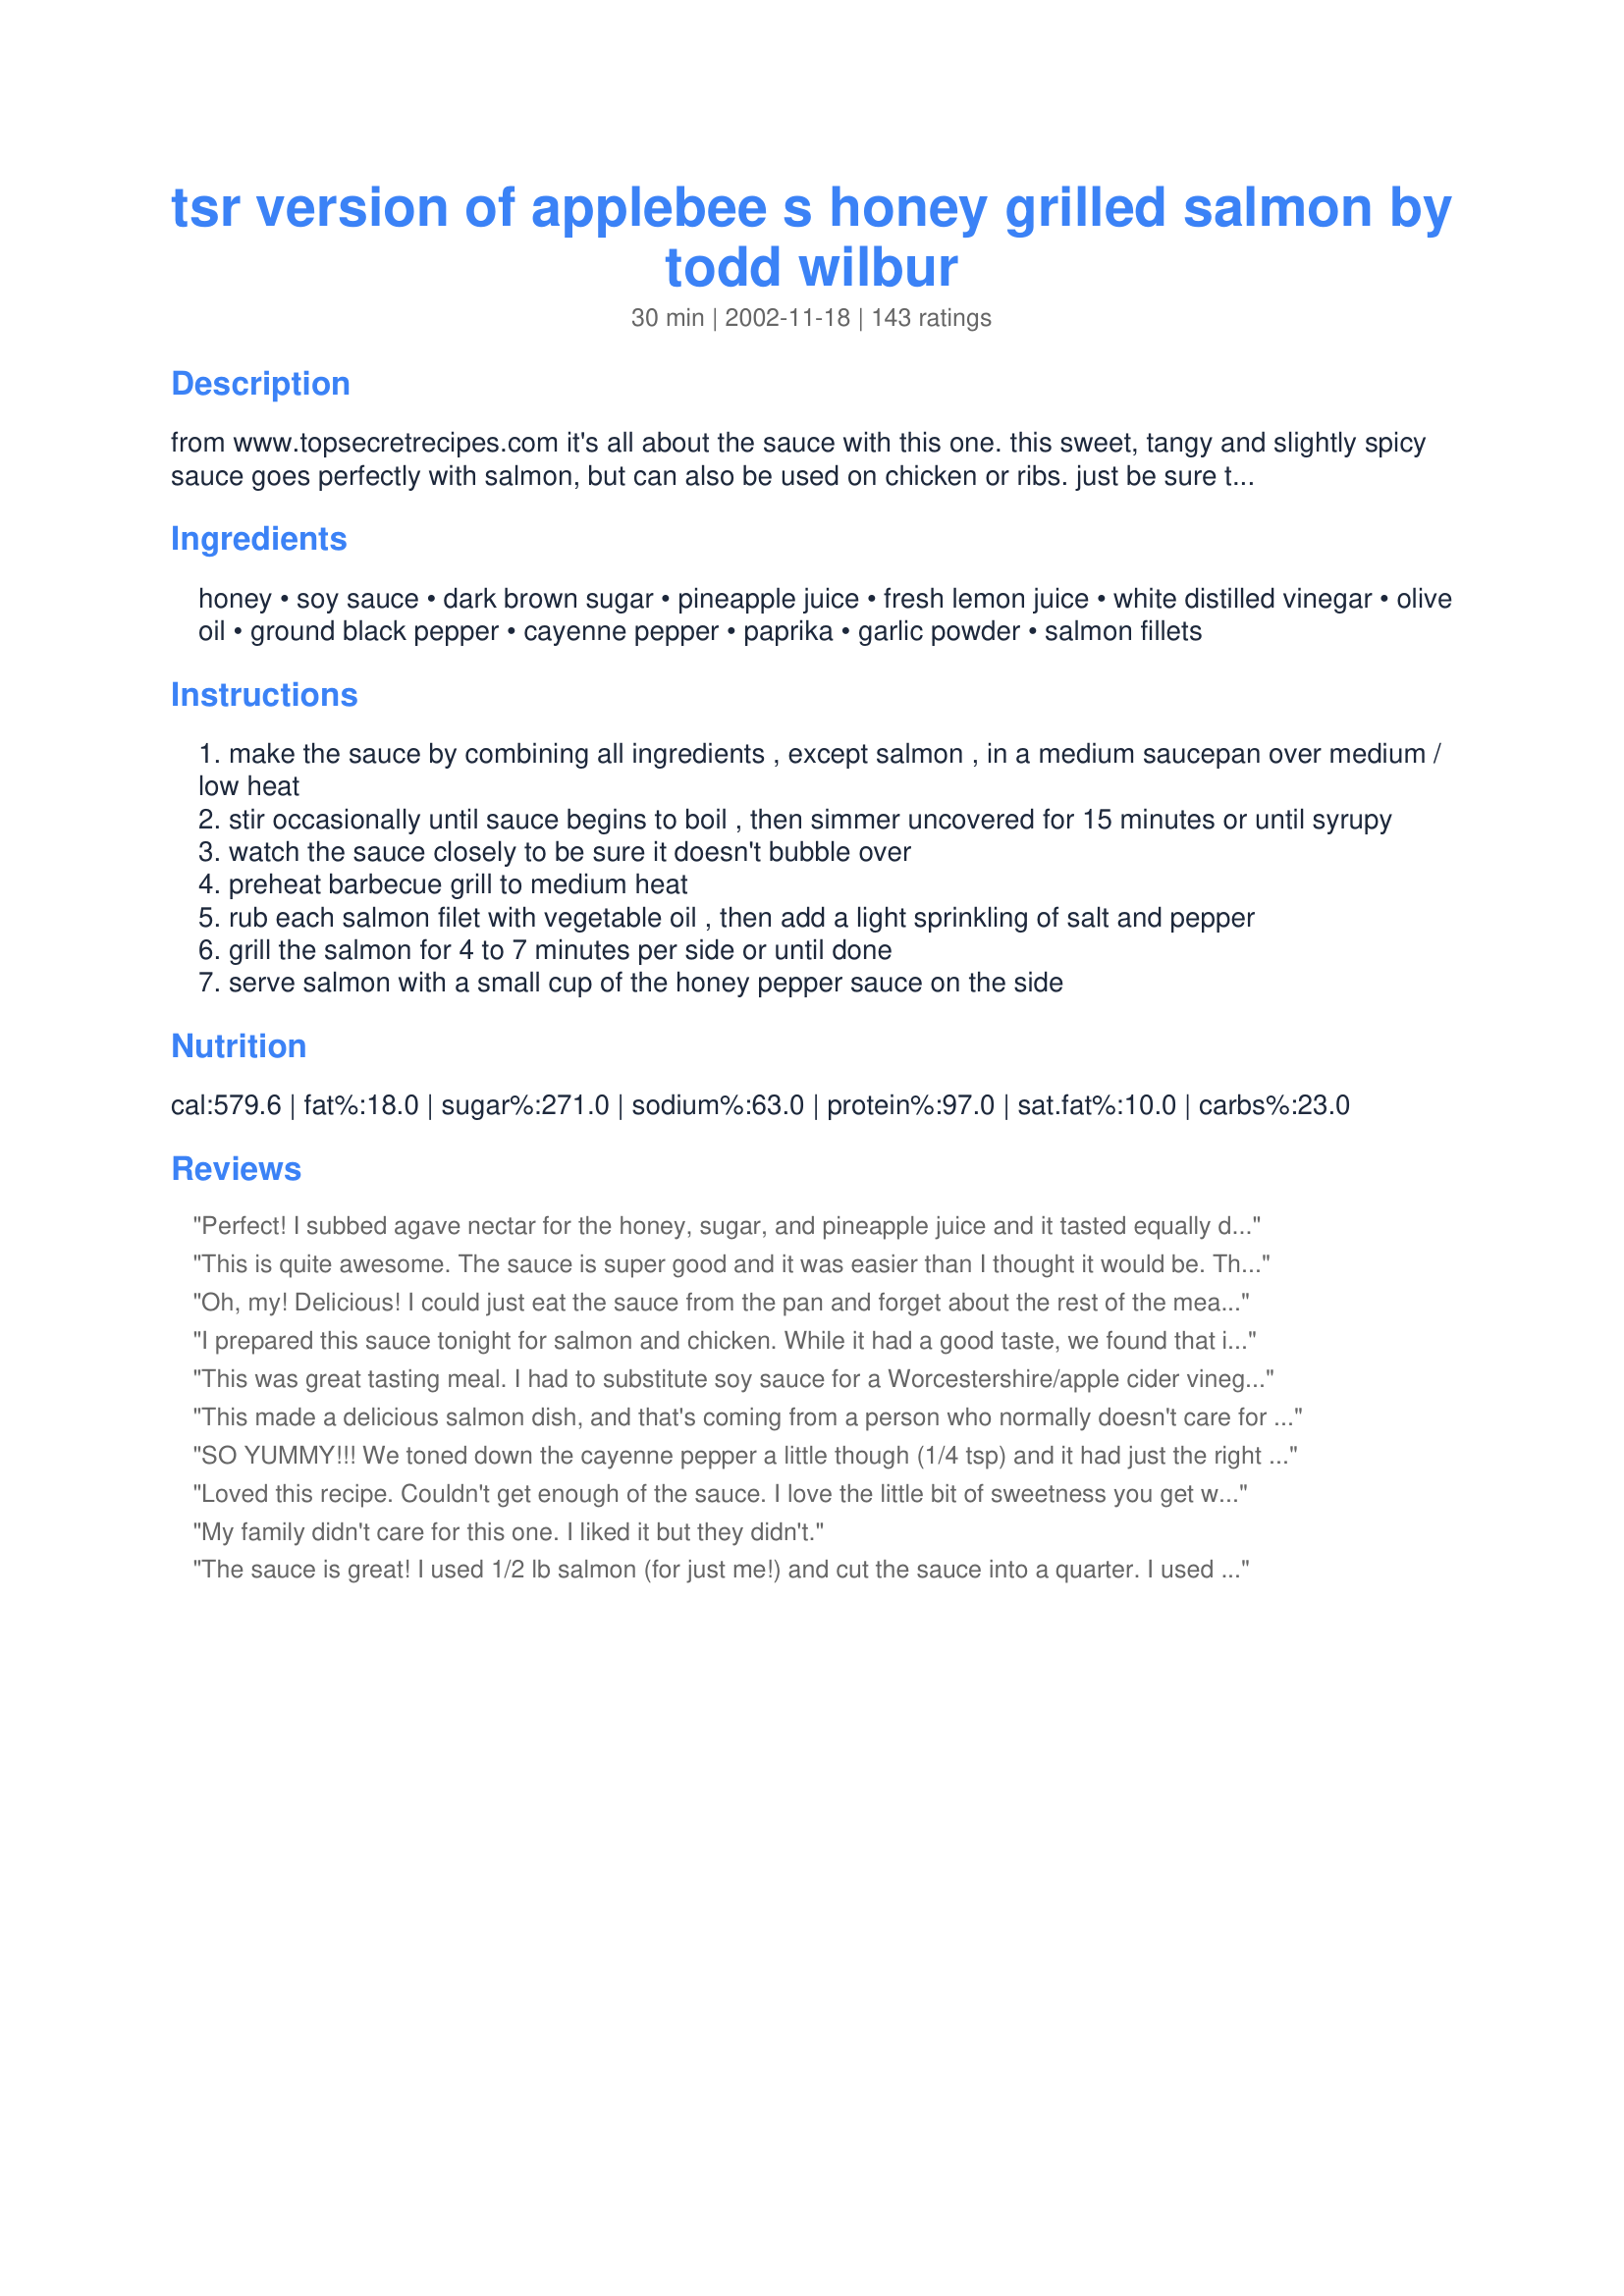
tsr version of applebee s honey grilled salmon by todd wilbur
Preparation time: 30 minutes

from www.topsecretrecipes.com it's all about the sauce with this one. this sweet, tangy and slightly spicy sauce goes perfectly with salmon, but can also be used on chicken or ribs. just be sure to watch the sauce closely as it cooks in case it starts to bubble over. it's gonna get thicker as it cools, so be sure not to overcook it. if it becomes too thick, just add a bit of water to thin it out.

Ingredients:
honey, soy sauce, dark brown sugar, pineapple juice, fresh lemon juice, white distilled vinegar, olive oil, ground black pepper, cayenne pepper, paprika, garlic powder, salmon fillets

Steps:
make the sauce by combining all ingredients , except salmon , in a medium saucepan over medium / low heat
stir occasionally until sauce begins to boil , then simmer uncovered for 15 minutes or until syrupy
watch the sauce closely to be sure it doesn't bubble over
preheat barbecue grill to medium heat
rub each salmon filet with vegetable oil , then add a light sprinkling of salt and pepper
grill the salmon for 4 to 7 minutes per side or until done
serve salmon with a small cup of the honey pepper sauce on the side

Reviews:
Perfect! I subbed agave nectar for the honey, sugar, and pineapple juice and it tasted equally delicious. Pair it up with some rice and veggies. Wow this was one of my best tasting meals I've ever made! Thanks!
This is quite awesome. The sauce is super good and it was easier than I thought it would be. The only (very minor) complaint I have is that it is kind of expensive but in the end totally worth it. You have to try this one! Thanks DonnaR....
Oh, my! Delicious! I could just eat the sauce from the pan and forget about the rest of the meal! One thing that I have done is to make sure that you do not many conflicting flavors to take away from the awesomeness of the sauce...rice is good; green beans, etc. I would save other spicy flavors for another time...this deserves a #1 spot in flavors for many things, but salmon is the best!
I prepared this sauce tonight for salmon and chicken. While it had a good taste, we found that it was just a bit too sweet for us. I may use the leftover for a marinade only.
This was great tasting meal. I had to substitute soy sauce for a Worcestershire/apple cider vinegar/salt/soybean oil blend because I didnt have soy and I cut back on half the Cayenne so the kids could enjoy but otherwise followed the recipe. Turned out great!
This made a delicious salmon dish, and that's coming from a person who normally doesn't care for salmon. Sweet and spicy, the sauce was the perfect complement - in fact I liked it so much I used it on the wild rice I served with the salmon as well. Thanks for giving me a reason to eat more of this healthy fish :)
SO YUMMY!!! We toned down the cayenne pepper a little though (1/4 tsp) and it had just the right amount of kick.
Loved this recipe. Couldn't get enough of the sauce. I love the little bit of sweetness you get with the spiciness. Will be trying this with Snapper, Mahi, or one of my other favorite fish. Thank you.
My family didn't care for this one. I liked it but they didn't.
The sauce is great! I used 1/2 lb salmon (for just me!) and cut the sauce into a quarter. I used OJ instead of pineapple juice, Splenda brown sugar & low sodium soy sauce. I also used a little less vinegar. The sauce simmered well, and I baked this at 375 for 20 min. After coating the sauce on both sides, I poured the rest of the sauce over it. As it baked, I spooned up the sauce from around the salmon to keep the flavor going. This wasn't terribly spicy but there was a slight "kick" which is what I was hoping for!
This is my new favorite way to have salmon. I didn't grill it, I baked it in the oven along side breaded chicken cutlets for the kids. I drizzled the sauce over the salmon a few times during cooking. The kids used the sauce to dip their chicken in. Very good! (never had Applebee's salmon either)
Very good!!! I've never had Applebee's but I was looking for a good salmon recipe and this fit the bill... I cut out the vinegar because I was out and I really don't care for vinegar anyway and didn't notice any problem with the recipe. My husband has fallen in love with me all over again for cooking this for him, so I'll be making it very often!
I can't believe I didn't rate this a long time ago! Love it!!! If you enjoy salmon you must try this!
This dish is beyond yummy! It's delicious!
my son and i loved this salmon! i can't wait to make it again. i left out the olive oil and it didn't seem to make a difference. i also halved the recipe to make 16 oz. salmon. thanks.
A snap to put together and this recipe seems to be very forgiving, I ended up subbing Apple juice for the Pineapple juice and it still came out perfectly. We will be making this one again.
Excellent! The flavor is the best. We ended up baking the salmon in the oven, ( DH forgot to check the gas on our gas grill, it was gone!) Oven baked for about 20- 25 minutes at 350 degrees. Then we broiled for about 2 minutes, delicious!
This recipe was created by Todd Wilbur for his book entitled "Top Secret Restaurant Recipes 2" (Penguin/Putnam 2007)
This was very very good, the sauce is amazing, couldn't stop thinking of what other dishes to use with the sauce.Kids loved it.
YUMMY! My son and I poured this over our grilled salmon last night and I swear we both about licked the plate it was so good. I am going to try this with chicken next. I would give this more stars if I could.
I really don't like salmon that much usually because of how fishy a flavor it has, but this sauce was like a holy grail of flavor! I will definitely be adding this to my permanent pile of recipes. I got heavy compliments on it, but I was too busy eating it to notice!
This recipe is sooooo good and easy that my kids were begging me to make this again. Only thing is, my leftover sauce from last Friday did not taste as good today ( 4 days later ), so I would not suggest keeping it for use at a later date. Other than that, absolutely delicious recipe. Thank you so much for sharing.
really really good.
No doubt...this is the best sauce I have ever made at home. We are already planning other things to use it with. I made the sauce exactly as written then baked my salmon fillets in the sauce finishing them off with a bit of broiling. We served small bowls of the sauce with the salmon. I can't wait to try this with chicken and pork.
I made this for dinner for guests last night and it was great! I had to cook a little longer than stated for it to thicken up to a syrup consistency. I then put in the refrigerator for a while before dinner and it got even thicker. Before serving, I reheated it in the microwave and it got thin again. So next time, I will just keep at room temperature so I don't have to reheat. The flavor was great though for salmon. I used less pepper and only a pinch of cayenne and it was just right for our tastes. Will definitely make again. Thanks for posting!
So delicious! Made exactly as directed and served with recipe #75113. Will make this over and over! Thanks, DonnaR!!
Awesome sauce. My husband also does not care too much for salmon, but he definitely told me this recipe is a keeper. He ate it all up, and wanted more! I agree with others this sauce would be great on other meats as well.
Our new favorite recipe for salmon. Thanks!
This really had great flavor, though the cooking time was too much, I thought. I used apple juice instead of pineapple juice and ended-up having to use more because mine turned basically to caramel; it's fine when it's warmed-up and had really good flavor. We brushed ours over fresh pineapple slices as well as our salmon before broiling them then served the rest over our brown rice. It was a great dinner and I'll make it again!
I love the sauce. I was out of pineapple juice so I had to sub with orange juice. I cooked the sauce and boiled it down then drizzled it over the baked salmon fillets and broiled it for 1 - 2 minutes, just until it browns. This was flavouful enough without having to serve the sauce on the side. I will try this sauce on ribs the next time. Thanks for posting.
Awesome Flavor!!! The flavor is in the sauce. This is so EASY and DELICIOUS and FAST. My daughter who won't touch salmon went back for seconds after tasting it with the sauce (would not share any with her father either). This one is a keeper. Thanks so much.

UPDATE: I had a lot of the sauce leftover and I cooked a ham and basted it with the sauce the last 30 minutes and it was awesome.!!!
This sauce was amazing. I don&#039;t usually follow a recipe exactly but was going to with this one - until I found that I had no lemons - no limes - no citrus. I used rice wine vinegar instead so the flavor probably wasn&#039;t as bright. The amount was in proportion to my 4 slices of salmon and had no leftovers. The heat hit the back of my throat after a swallow so it wasn&#039;t instantly spicy on my tongue. It was soo good. However, even with cooking it longer at a gentle boil did not make it thicker. It coated a spoon but was a little runny. I&#039;ll correct next time. And there will ba a next time!
YUM!!!!! I placed this in a glass baking dish and basted both sides with the sauce. I cooked it at 375 for about 15 minutes and then broiled it for 3-4 at the end...basting one more time jst before broiling. I then reduced the sauce till it was quite thick (I did use fresh pinapple juice as well) we drizzled it over the top. Delish!
I don't know what to add to this other than it is wonderful! Thank you for posting it. I did cut back the cayenne to 1/4 t. as my husband doesn't like too spicy food and it was just right. Try this one, you won't be sorry.
Very tasty! I don't crave salmon without this sauce, but this tastes so good that it makes me feel good to eat something so healthy.
I've never had Applebee's honey grilled salmon, but I can tell you this is the best salmon I've ever had. I made the sauce in a skillet, and when it had reduced I simply placed my salmon fillets in the covered skillet and cooked them for 15 minutes. The salmon really soaked up the sauce. As the recipe author points out, you do need to watch that the sauce doesn't boil over. That would make quite a mess! Thank you for sharing this delicious way to prepare salmon!
Always been a great hit with the family! Excellent recipe!
I never liked Salmon until I tried this at Applebee's. I made the honey pepper sauce with low sodium soy sauce and it was even better than Applebee's. Thank you for this yummy recipe.
Very good sauce. I made 1/4 of the recipe for 2 fillets and it was enough for the steaks but not enough for my husband. He was almost licking his plate. Also, like some reviewers, i drizzled it onto the fish and broiled and kept basting the fish with the sauce. Sweet and tangy at the same time. THanks for sharing.
I've had this recipe for 4 years from TSR, and just finally got around to making it! The sauce is very unique and flavourful. The only change I made was to use rice vinegar. Served it with Applebee's Almond Rice Pilaf. Thanks for posting Donna.
Excellent! We absolutely loved this! The flavor of the sauce perfectly complements the salmon. So very easy to prepare on the grill. The spices were just right for our taste. I followed the recipe exactly for superb results : ) Thank you kindly, DonnaR for posting this to share! I will hold this one close to be sure to prepare again.......soon!
We loved this recipe!! I followed the recipe exactly and it turned out great. I will definitely be making this one again!! I used the leftover sauce (very thick, but reheated in the microwave) as a dip for fried okra the next evening. The flavor in this sauce will go with just about anything.
Thank you!!
AMAZING! We used skin on salmon fillet and just broiled it for 5-8 minutes. Really wonderful sauce.
A cinch to prepare. I did not eat this, but my son who LOVES salmon wolfed it down and said it tasted like a dish you&#039;d find in a 5 star restaurant. Served w/ couscous and braised spinach. I did not have pineapple so I subbed fresh juiced orange in place of. &lt;br/&gt;Might add a touch of ginger next time. One more thing--I baked this in a 400 overn for approx 10-15 minutes (without turning). I just made the sauce as directed and poured over salmon in a baking dish.
I have used this and it works great. Don't mess with those other bombs and baits. They take this back to their nests and they all die. They sell it at some dollar stores as well.
Thanks.
The sauce was terrific. I didn't have any pineapple juice but I don't think it needed it. It was a little bit too hot for me so next time I'll just use a dash of cayenne pepper. Over all it was a great sauce. Made for Chef Alphabet Soup.
I'm not an Applebee's fan and have never had this. And I'm not a lover of salmon. But I can not wait to have this again! DH and I almost licked our plates. I had a little bit of sauce leftover and we put that on grilled catfish the next night. While it was no where near as good as on the salmon, it still made DH happy. I would serve this to company if I thought I could share it. Thanks for a great recipe.
My husband is not fond of salmon but after eating it with this sauce he told me I could make it again...so that's saying something! I love the sauce and have used it on chicken as well. Just fantastic!! Thank you for posting this.
I loved this when I went to Applebees, so this was a must try for me. I grilled 1" salmon steaks for 4 minutes per side and it was perfect timing. The flavors are exquisite, and I will be making again soon next week for company coming in. We enjoyed this recipe so much, it's going to be one I make often. My DS and his wife said to give this 10 stars, so there ya go. Thanks Donna! Milt
The sauce was absolutely delicious and easy to make.
Delicious! In my area this is no longer served at Applebees, but this recipe taste exactly like I remember it there.
I tried this and it turned out fantastic. I've made it about half a dozen times or so now. The first time I make it I tasted the sauce by itself and was a bit worried because it was an odd taste to me, but it's a great compliment to the salmon.
very Good ! DH inhaled it and went back for seconds.Thanks for posting
I fried salmon portions with a diffuser on the hob (the cooker top) for ~10mins total on low heat; after searing the skin-on side, I put a lid on for them to steam. I find skin is better for frying &amp; it is easily left behind even by small children. Served with the Applebee Mash too. Regarding salt &amp; sugar content, I only ever use salt if something has to kept longer EG bread or cake, nor do I add sugar to stewing fruit. I cannot understand why LDS Chef Aslie chose to put less sauce on her meal because of the salt/sugar content – wouldn’t the most logical thing have been to just add less sugar/salt or none??!
I caught a glimpse of DH worshiping at the alter of his bbq pit. I had to tell him to stop. He was embarrassing me. Made for All You Can Cook--Special Event Tag.
Delish! I use Chef Prudhomme salmon seasoning then top with this. Don't fear the cayenne. It's just a great note in the background.
I have a lot of frozen salmon fillets. Can you start cooking them in the frozen state, or should they be thawed first??
This was wonderful. I really enjoyed this simple and tasty salmon dish. I will make again.
I doubled the cayenne and it was very tasty. UPDATED 3/12/10 - I have made this over and over and over. It is just wonderful. I have used the sauce on smoked turkey sausage too and it is just great. I have used orange/pineapple and also apple juice in place of the pineapple juice. All are good, but pineapple is probably best. What a great sauce THANK YOU donna!!
WOW! This is a bit of heaven on earth! Delicious hardly describes it. Our grill was out of gas, so I used the Foreman grill (grilled a 1 lb. salmon steak for 10 mins.) and sprinkled on some extra paprika and cayenne for color...perfection! I didn't even think I was a big fan of salmon, but I am after eating this recipe! Thanks for posting!
Great recipe! Both my husband and 4 year old ate it right up.
Made this Honey Sauce up a few weeks ago - Fixed the salmon - AWESOME ! Had sauce left - kept it in the fridge - used it again - AWESOME ! Had sauce left - used it again last night ! STILL AWESOME ! <br/>Marinated the salmon before grilling - and while on the grill drizzled with additional - plated up the salmon and drizzled even more of the sauce over salmon. <br/>Such an Awesome Dinner ! Thanks for sharing ! Hubby said I had to take a photo :) soI did !
I JUST made this sauce - very tastey! I added a bit more cayenne & that sweet heat is awesome.
I am not a huge salmon fan and was looking for new flavors to add to it instead of the usual dill and such. I had TWO huge salmon steaks at one meal and I am a very light eater. Definitely a keeper recipe! Thank you so much for posting it!
This was fabulous! I followed the directions exactly and it was perfect. I like that you don't add the sauce until after the salmon is grilled. We'll be making this often!
my only change to the recipe was that I didn't grill my salmon outside but just bake it in the sauce in the oven wrapped in aluminum foil. was really good, enjoyed the sweet and the spice of the sauce. am making it again right now
Wonderful recipe. I love the sauce.
LOVED IT! Based on the reviews I halved the recipe for the sauce and guesstimated on the amounts. I am glad we halved the sauce because kids wouldn't eat the sauce and we still had plenty left over. I happened to have a pineapple so I pureed a slice since I didn't have juice on hand. I was out of paprika or Cayenne pepper so I omitted but but a little extra garlic powder. We will make again. I am going to try to freeze left over sauce? not sure if that is a good idea? Thanks I am glad to have this recipe now!
Really delicious. I didn't have any pineapple juice so I used apple juice, and it still turned out delicious. Can't wait to make it for others!
This recipe was really good...the sauce is amazing! I only used it a couple of times on the salmon, but I find it is also an amazing marinade for pork tenderloin. I reserve some of the sauce to drizzle over after...mmmm
This is great! Next time I will cut back on the pepper so it is not too spicy for the kids. Otherwise, perfect.
This was very, very good. I have made the similar copycat recipe from TGIF and I think this one is better! I served this with Oven Baked Risotto, Asparagus in Brown Butter and fresh pineapple (from which I collected the juice -- pefect 1/4 cup). This sauce would be wonderful with grilled chicken or on wings! Yummo!
This was just like the name says..Applebee's all the way..we enjoy Applebee's all the time and now can do it at home..Thanks
I have made this sauce many times, tastes great with salmon. I know it's a keeper because my 3 yr old son liked it and asked for seconds and he is so picky!!! I usually half the recipe and it's plenty for my family, and I cut down on the cayenne. I've never been able to get my sauce to thicken up so I just use some corn starch and it's perfect.
Very good! I baked the salmon - 10 minutes at 450 - and it turned out moist and delicious. I only added the sauce after baking. I hate cleaning up baked on sugary substances! We used a very small amount of the sauce, and it was a little spicy, Next time I might add just a tad less cayenne. My sauce didn't thicken too much, but the dish was a big hit with all!
Oh yum!! I used the sauce on chicken fillets and it was simply amazing!! I marinated the chicken in the uncooked sauce ingredients for a few hours and then basted with the cooked sauce while grilling.. Served with the leftover sauce on the side.. I will be making this often!! Thanks for the recipe DonnaR!
Good sauce. However,I would suggest reducing the cayenne to 1/4tsp if you don't like your food hot because the heat really comes through on this one.
It works better than any other insecticide.
My husband told me to never misplace this recipe! I don't like salmon so had it on Maui Maui, I think he thought it was better on the salmon than I did on my fish, but am going to try it on chicken & pork. I may even get brave & try some salmon next time. I was warned there had better be a next time very soon. Thanks Donna!
We eat a lot of salmon and this sauce was absolutely amazing! It was a little too spicy for my son and my FIL so next time I'll half the cayenne but - wow - what a fantastic sauce, I can't wait to make salmon again just so that we can have this sauce again.
Excellent fish! We have it a lot!
Wonderful! I made this for Easter lunch last year and needless to say we are having it again. Thanks for sharing, it is now a tradition.
Lick the plate good!!!! My non fish eating hubby ate it so thats worth five stars in my book! Thank you.
made this tonight for 3 pounds of salmon. I didn&#039;t let the sauce cook down as much as directed as I was too impatient to wait. Next time I will take more time to do so. very easy to make and the family loved it.
We love this recipe! I've made it several times and forgot to review it. This recipe makes it to our grocery menu at least once a month. The only thing I do differently is use half the cayenne pepper so it's no quite so spicy. Thanks for a great recipe!
huuuuuuuuuuuuuuuuuuuuuuuuuuuuuuuuuuuuuuuuummmmmmmmmmm
AMAZING! This is SO good! Once I let it boil for too long and it took away *a bit* of the fantastic flavor, just like DonnaR said--and it's a little thinner than I expected, which is just fine! Because it is a party for our tastebuds! THANK YOU!
Awesome! I think I'd eat most ANYTHING if it was covered in with this sauce! I baked the salmon, as others suggested, and added the sauce after cooking. Just wonferful flavor! I might try adding sauce before baking next time, and see how that works. Yummy!!
LOVE the sweet and then rush of spice. I marinated the salmon for 2 hours prior (make sure sauce is completely cooled before adding to salmon, otherwise you'll cook it) and it was that more intense off the grill. If you dont like spice, reduce or eliminate cayenne and paprika.
Loved the sauce and had extra even though I made this for two. I did the salmon on the grill and 4 min. was perfect.
This turned out JUST LIKE APPLEBEES!! This sauce made a lot...next time I'm going to cut the recipe in half. OUTSTANDING...now I don't have to eat out to enjoy this wonderful salmon!
This was so simple to do and man was it worth every second!! I made this for my very picky mother and she is still raving about it. i am going to try this on a grilled pork tenderloin as well!!!
I like the sauce, so well-balanced and really enhanced the flavor of the grilled Salmon. This recipe made plenty of sauce. The second time I made this, I brushed the fillets with the sauce instead of using salt and pepper, and it was even better. Thanks for sharing your recipe.
Terrific Recipe! We haven't been to applebee's in a while so we couldn't compare it. Everybody liked it but we still have leftovers. I made half batch of the sauce and still had extra. I used less salmon also. Instead of grilling it, we baked it (375 degrees for 30-35 minutes wrapped in aluminum foil). Thanks for the recipe!
Really good! This sauce is great & would also be fantastic on chicken.
Wonderful sauce! I added more soy to it and used it with a shrimp and vegetable stir fry. Yummy!
let off the cayenne pepper and broiled the fresh salmon. Delicious!
We loved this recipe. Next time I'll omit the vinegar as I think the acidity from the lemon & pineapple juice is enough to balance the sugar & salt from the soy etc.

Served it with a potato dish with a horseradish sauce - NOT a good accompaniment - & lemon beans, which were good with the salmon.

Will definitely make this many times again, toying around with a good potato accompaniment. We eat Asian food several times a week so we want a change from rice.
Great recipe! Thank you DonnaR! I had to scale back on the cayenne but this was lovely!
WOW! This is PHENOMENAL! I LOVE it. It makes a lot, so I'm sure you could cut in half and have extra. Seriously. Make this. You will not regret it! (For the salmon I broiled with a little salt, pepper, & garlic powder for about 13 minutes and it was perfect).
Very yummy sauce! I used it for chicken and modified it...gave it my touch:P! It was delish! Thanks for sharing this...it lit my light bulb:P!
Great recipe! I didn't have any pineapple juice, so I used sherry instead and it turned out wonderful! Thanks!
I loved this. A few changes tho: subbed orange juice for pineapple since that's all I had on hand, but didn't seem to make a difference. I did half the cayenne pepper as per other reviewers so that it wouldn't be too spicy, but I think that I could've handled the entire amount as it wasn't THAT spicy. I baked it at 350, covered in foil for 15 mins and then removed the foil for the last 5 mins and broiled, basting with the sauce. The flavor was infused enough without having to serve the sauce on the side. I used 2 (12 oz) salmon fillets but kept the sauce recipe the same. I plan to use the leftover sauce for baking chicken later on this week. Yum thanks!!!
Very Very good!! Made exactly as written and I did as others have mentioned, baked the salmon in the oven then glazed. It was perfect! Served with baked potato and steam veggies for a wonderful Sunday supper. Thanks for posting!
this is Great!!!!! we love it at our house. my fiance is a very picky eater but he loves this!! you have to try it!!! it was easy to make and tastes great!
I used this as a marinade/glaze for cornish hens and it was wonderful. I prepared the sauce as directed, then put it in a gallon ziploc with my split hens and let them marinate for about 30 min before tossing it all into a roasting pan with a rack on the bottom. I basted the hens about every 10 min with the sauce and then let them cook undisturbed for the last 15 min. I also threw in some baby carrots around the hens as they cooked to make an easy side dish. It was a small dinner party of 4 and everyone commented on the wonderful flavor of the glaze. The hens had a nice sticky crisp on the outside and were absolutely tender on the inside. Thanks for sharing this versatile recipe! Definitely a keeper!
I did a quick bake in the oven and it was still the best.
This had a really good spicy flavor. It went well with the salmon, and the french fries I had the next day!
YUM! I have made this 4 times since I found this recipe a month ago. I only use half of the cayenne and it comes out perfect! Thanks!!
How can this be possible? A recipe SO delicious, yet extremely easy. It's just a matter of combining the ingredients and topping the baked good. It takes no time, and for once, I really had no need to make alterations with the ingredients listed. The only change I made was baking the salmon and drizzling the sauce directly on the salmon.
This was one of my favorite things to get at Applebee's, and now they don't have it there anymore! That is okay though, because now I can make it at home with this wonderful and easy recipe! It is my favorite way to prepare salmon! Thanks!
Cut the cayenne in half and it was perfect! Good on salmon and chicken.
This is soooo good!!! I doubled the sauce and we poured the leftover sauce on our brown rice and broccoli. My picky five year old asked me the next day if I had any more sauce:) The salmon is amazing, a nice easy recipe. Thanks so much Donna!
Wonderful! I did the Salmon on the electric griddle instead of the grill. Definitely a do over!! Everyone loved it!
Was so thrilled to find the recipe for my favorite thing at Applebee's that I had to try it right away. Now I am so excited to be able to eat salmon my favorite way anytime I want. Love it!!!
I LOVE LOVE LOVE LOVE LOVE LOVE this recipe. I like salmon anyways but this was out of this freaking world. My husband said it was the best fish he'd ever had. Ever. And I put it in the oven for 20 minutes at 375 degrees, covered with foil sealed, and I put more sauce on it again halfway through cooking time. I used OJ and I might put a pinch more of cayenne in it next time. THANK YOU
Outstanding!
The sauce is absolutely amazing and it goes with just about everything including seafood, fish, meat and poultry. Thank you so much for sharing.
Just tried it on chicken and was a hit. I made a few changes based on what was in the pantry. I used orange juice instead of pineapple. I eliminated the cayenne pepper and garlic powder and used a generous squirt of Sirachi which adds both heat and a garlic flavor. I'm not know as the queen of substitutes for nothin'!
Made this for dinner last night. My husband and I thought it was good. The sauce kind of had an asian taste to it. I would make it again...but cut the sauce in half. There was way too much left over. Thanks. The recipe was easy to follow.
Wow! This was awesome! I cheated, using frozen salmon fillets from Costco and baking in the oven with about half of the sauce. Topped with the remaining sauce at serving. Used only 1/4 t cayenne which was perfect for us. Thanks for sharing the recipe!
Another favorite salmon recipe. This sauce has the perfect amount of kick to it. Instead of grilling, I bake it at 400 for 15-20 min or until i can flake the fish with a fork. I add extra sauce to salmon right before serving.
Perfect! I made this for a dinner party and recieved rave reveiws! Before puting on the sauce, I rubbed the salmon with olive oil and sprinkled on some Old Bay. Other than that I stuck to the recipe! Fantastic!
Thanx DonnaR
I actually prepared the salmon using Recipe #46665 but made up this sauce on the side. WOW- It is absolutely amazing.
Mine never really "thickened" on the stovetop but I had prepped it a few hours before dinner and it thickened perfectly by the time we ate. A little goes a long way so even though it doesn't look like much in the pot, it is more than plenty for 4-6 people. I used reduced sodium soy sauce, and I may go a little lighter on the honey next time I as think 1/2 cup would have been fine for us. I have saved this in my Personal Favorites cookbook. Thanks so much for sharing.
Superb tasting sauce that the whole family enjoyed (most who don't like salmon!). Served it with peas, rice, which were great with the sauce spooned on top. I baked the salmon at 450. Thanks Donna, for posting.
Roxygirl
I can't wait to try this on chicken! I loved the sauce, it was like Duck sauce with a kick! Thanks.
Very Very Good!!! This Was My Frist Time Making Salmon [[Im Pregnant && The Doctor Said I Should Eat Salon Once A Week]] && Im SO Glad I Decided On this One!!! I Didnt Have Any Pinapple Juice So I Used Dole 100% Juice "Pinapple && Orange". I Also Used Light Brown Sugar. I Will Deff. Be Making This Again!!! Thanks~.
LOVED IT! I used half of the cayenne, and probably 3/4 of the black pepper, and it was still too much for us (my kids and I), though I did like how the pepper came through. Less pepper next time. I also used my electric frying pan to cook it, which worked really well, except I put the sauce on at the beginning, and it burned (duh!), so next time I'll wait until almost the end or 'til it is completely cooked to add the sauce.
At first I was a little concerned at how much salt and sugar this recipe had but then I realized you only put on as much sauce as you like =) This was so yummy!! Next time I will not use one of those large Salmon steaks it was annoying to have to take off the skin. Our grocery store has Salmon in the freezer section with no skin and individually packaged so I will just use a whole bag I believe it comes with 5 salmon fillets. I baked this in the oven like another user did (375-30 mnts.) Also wrapped it in foil first. SO YUMMY!!
YUM-O!!!!!!!!!!!!!!! I can't believe I didn't have the pineapple juice (which I didn't realize until this dish was half-way assembled) but believe it or not....this didn't need it!!! WOW was this sauce excellent on salmon! I made a pound of salmon and halved the sauce recipe and still had a ton left over. Will cut it further next time...and there will be a next time!!! YUM!!!!!!!!!!!!!!!!!!!!!!!!
This was my first time cooking salmon, so I was a little nervous, but this seemed like a good recipe to start with. The BF loved love loved it but it was a touch too zippy for me. I'll probably use a bit less cayenne next time, but I'll definitely be making it again. The sauce was not too sweet, but a perfect complement to the fish. The BF liked it so much, he used it as gravy on his potatoes. Thanks for sharing.
I rarely cook salmon well. I don&#039;t know what it is about this type of fish that eludes me, but I&#039;ve learned to steer clear of salmon because, although I love it, I botch salmon recipes time and again. The fish market had a sale on wild-caught salmon, so I picked up a fillet. I don&#039;t like baking salmon because of the way it makes the house smell, so I looked up a grilled salmon recipe on good ol&#039; Food.com/ex-Recipezaar.com and found this recipe. It was so, so simple to grill this salmon this way and make it taste delicious. I started by patting the salmon dry with paper towels. I don&#039;t know if this removes some of the &quot;fishiness&quot; that cooked salmon tends to end up with, but it has made salmon less fishy-tasting for us in the past. I coated the fillet with olive oil on either side, added salt and pepper to taste, and then grilled for 6 minutes per side over medium-high heat for an average-sized salmon fillet. That&#039;s all I did and the salmon tasted great before I even added this wonderful sauce.

The sauce is involved, with many ingredients, but utterly worth it. This sauce made the salmon taste even better. I will say that I used orange juice instead of pineapple, a dash of red pepper flakes instead of the cayenne, and I used half the amount of sugar listed in the recipe. The sauce was sweet enough and would&#039;ve been too sweet if I had used the full amount of sugar, and too spicy had I used the cayenne pepper. I made double the amount of sauce and have frozen it in batches to use on future fish or chicken dishes. Thanks for making me less scared of cooking salmon! Be well.
Tried this and loved it. Very nice recipe. With the amount of black pepper called for in the recipe, i halve the cayane pepper as others had suggested. Turned out perfectly...not too sweet, not too tart and just the right amount of heat with a little after bite. Perfect. I will be making this again!
I saw this recipe when I hit ratings for salmon and it looked so tempting I had to make it. I LOVED the combination of flavors in this dish. It tastes just like Applebee's and I have had it there a few times. Actually I think mine was better LOL. My dinner guests thought it was incredible, so I guess that's all I need to say! 5+ stars for this one!
simple, yet amazing. I made this with salmon, the used the left over sauce with chicken the next day. I did cut back on the cayenne pepper and paprika by 1/2 (my hubby doesn't like spicy food).
We baked a whole fillet with skin at 450 for approx 10 mins..........didn't have enough honey for the sauce so used cinnamon honey and it turned out awesome!! We added the sauce to each individual pc. Served with edamame and other vegies. Looks like we will have excess sauce so will be tryiing on some chicken breasts
Had this for dinner tonight...all I can say is great! As others have mentioned this would be great with chicken, ribs....the list could go on!! I used ground dried bird's eye peppers which we got in the Bahamas ..extra spicy and my husband really loved the extra punch. Thanks for the great recipe!
Made this for dinner last night because of all the rave reviews. I did substitute apple cider for the pineapple juice because I don't like pineapple and never have it on hand. Spiked the sauce with a squeeze of both lime and orange juice to capture that island taste. Otherwise, I pretty much followed the recipe. It was okay. Just your average Asian-type sweet &amp; sour sauce/glaze. Certainly nothing swoon worthy about it. We ate it and rated it as not bad. Got some sauce leftover but don't like it enough to use it on anything else. Sorry, not impressed!
This recipe is am azing my husband loved the honey glazed salmon that Smokey Bones used to have on the menu but when they got rid of it he was pretty upset :-( so we've been trying to find a glaze recipe that matches it ....this recipe drags that old one down the street by its hair lol this recipe is FANTASTIC!!! it definatly my go to whenever we cook salmon the elements blend together wonderfully try it you will NOT be disappointed :-)
I have always looked forward to going to Applebee's for this dish, but I finally decided to try it at home. I followed the recipe exactly as written, and it turned out delicious and tasting the same as at the restaurant! I think I may have boiled the sauce a minute or two too long, but otherwise, this is exactly the kind of stuff I love; easy and flavorful! Thanks for posting this! It is a definite repeat!
Fantastic! Outstanding! This was just amazing! I've never had the Applebee's Version, but honestly who needs it???!!! This was super quick, and so delicous. My DH loved it and he's not a fish fan, especially salmon. This will be made again and again for sure!
Very good, nice and spicy. I didn't have pineapple juice so used orange juice instead. I also didn't have the garlic powder and it was still amazing. Definately will make again. We also cooked the salmon in the oven.
This was super yummy. I really enjoyed this. Thank you for the recipe.
This was a very tasty way to prepare salmon, thank you. I was not able to find straight pineapple juice so used Dole pineapple-orange and it worked great. Also I used apple cider vinegar instead of white. However, the sauce never got "syrupy" so will try to heat the sauce longer next time to boil it down. To us this dish had just the right amount of heat, but for those not used to spicier dishes, I would recommend half of the cayenne or skipping it altogether (the paprika probably would give enough balance to the sweet without the extra kick). We loved that this makes plenty of sauce (could probably be enough for 6-8 8oz fillets).
